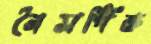
নৈসর্গিক